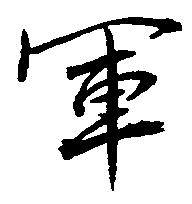
軍